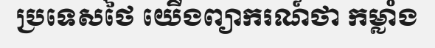
ប្រទេសថៃ យើងព្យាករណ៍ថា កម្លាំង